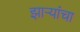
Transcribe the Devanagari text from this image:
झाऱ्यांचा